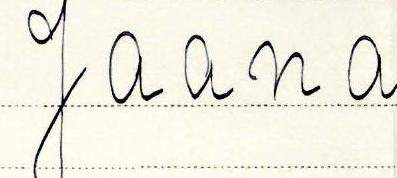
Jaana